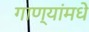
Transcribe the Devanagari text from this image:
गाण्यांमधे